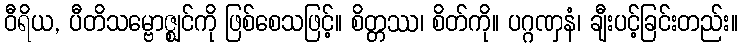
ဝီရိယ, ပီတိသမ္ဗောဇ္ဈင်ကို ဖြစ်စေသဖြင့်။ စိတ္တဿ၊ စိတ်ကို။ ပဂ္ဂဏှနံ၊ ချီးပင့်ခြင်းတည်း။